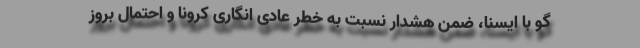
گو با ایسنا، ضمن هشدار نسبت به خطر عادی انگاری کرونا و احتمال بروز